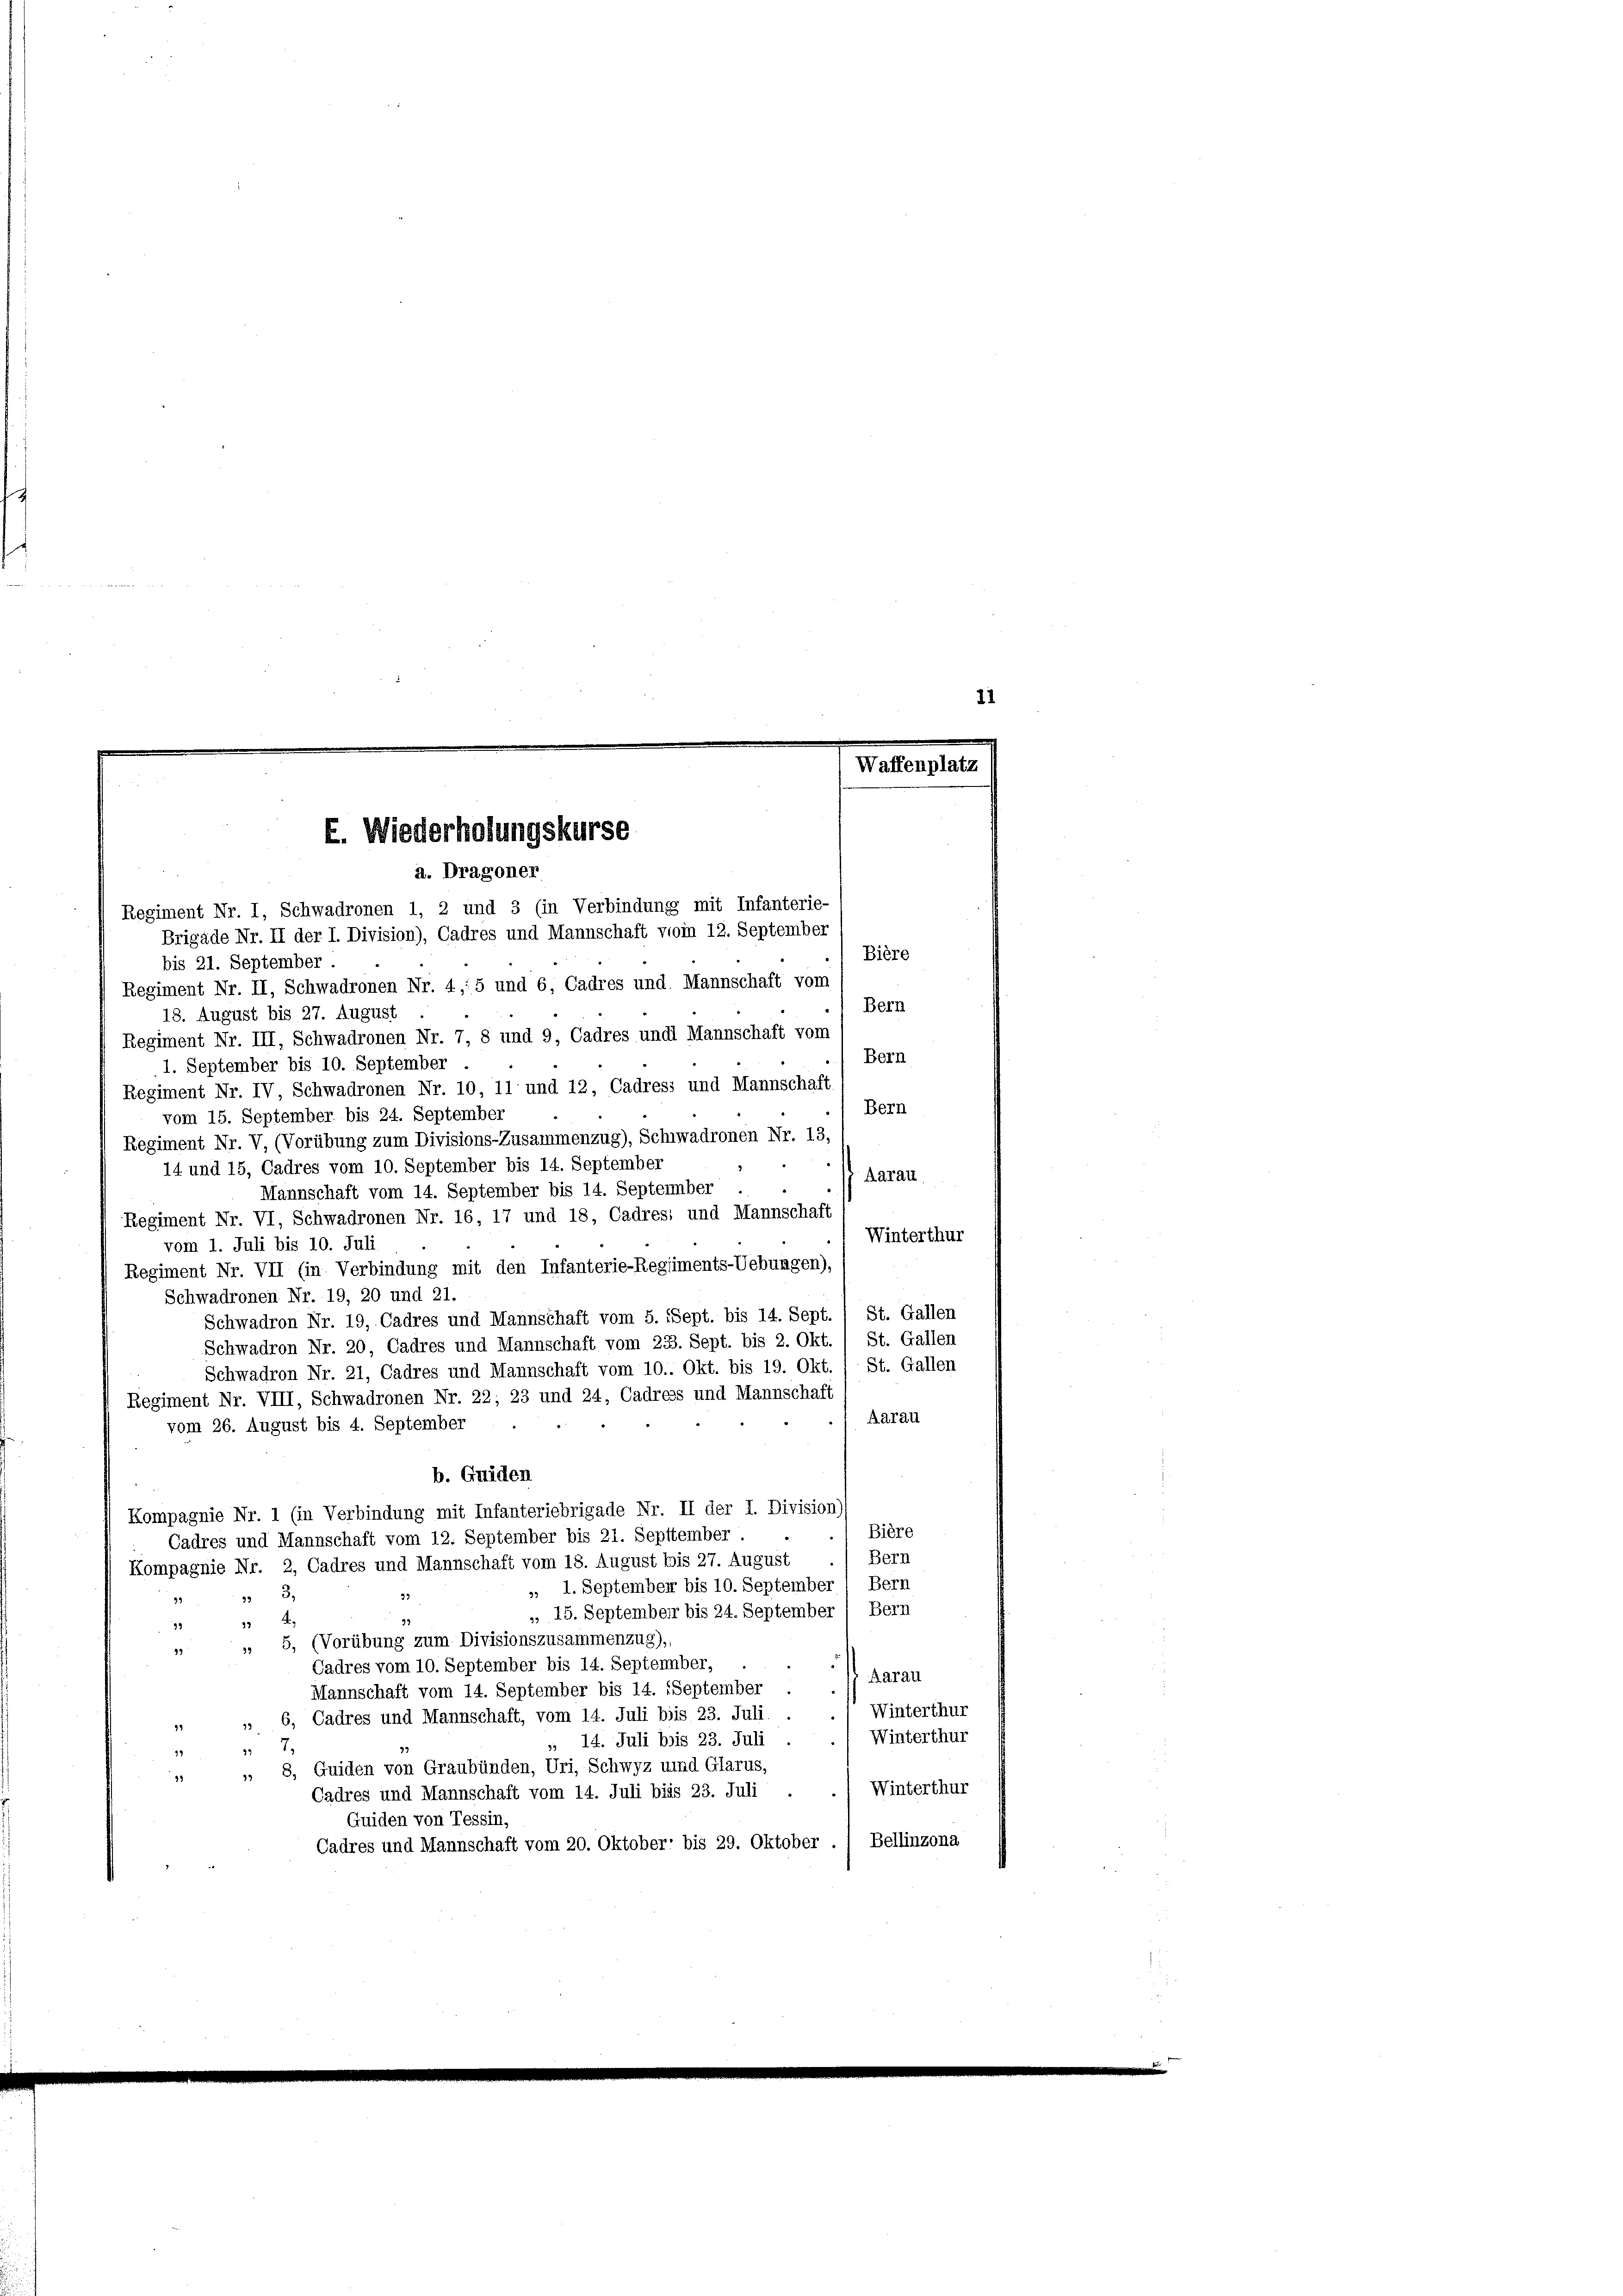
E. Wiederholungskurse
a. Dragoner
Regiment Nr. 1, Schwadronen 1, 2 und 3 (in Verbindung mit Infanterie-

aff

21

Brigade Nr. II der I. Division), Cadres und Mannschaft vom 12. September
Bière
bis 21. September
Regiment Nr. II, Schwadronen Nr. 4, 5 und 6, Cadres und Mannschaft vom
Bern
18. August bis 27. August
Regiment Nr. III, Schwadronen Nr. 7, 8 und 9, Cadres undi Mannschaft vom
Bern
1. September bis 10. September
Regiment Nr. IV, Schwadronen Nr. 10, 11 und 12, Cadress und Mannschaft
Bern
vom 15. September bis 24. September
Regiment Nr. V, (Vorübung zum Divisions-Zusammenzug), Schiwadronen Nr. 13,
14 und 15, Cadres vom 10. September bis 14. September
Aarau
Mannschaft vom 14. September bis 14. September
Regiment Nr. VI, Schwadronen Nr. 16, 17 und 18, Cadresi und Mannschaft
Winterthur
vom 1. Juli bis 10. Juli
Regiment Nr. VII (in Verbindung mit den Infanterie-Regiments-Uebungen).
Schwadronen Nr. 19, 20 und 21.
Schwadron Nr. 19, Cadres und Mannschaft vom 5. Sept. bis 14. Sept. / St. Gallen
Schwadron Nr. 20, Cadres und Mannschaft vom 23. Sept. bis 2. Okt. / St. Gallen
Schwadron Nr. 21, Cadres und Mannschaft vom 10.. Okt. bis 19. Okt. / St. Gallen
Regiment Nr. VIII, Schwadronen Nr. 22; 23 und 24, Cadress und Mannschaft
Aarau
vom 26. August bis 4. September
b. Guiden
Kompagnie Nr. 1 (in Verbindung mit Infanteriebrigade Nr. II der I. Division)
Bière
Cadres und Mannschaft vom 12. September bis 21. Septtember
Bern
Kompagnie Nr. 2, Cadres und Mannschaft vom 18. August bis 27. August
, 1. September bis 10. September Bern
3,
g
93
, 15. September bis 24. September Bern
92
4
33
99
 5, (Vorübung zum Divisionszusammenzug),
99
Cadres vom 10. September bis 14. September,
Aarau
Mannschaft vom 14. September bis 14. September
Winterthur
6, Cadres und Mannschaft, vom 14. Juli bis 23. Juli
33
94
Winterthur
» 14. Juli bis 23. Juli
7.
99
 8, Guiden von Graubünden, Uri, Schwyz und Glarus,
19
Winterthur
Cadres und Mannschaft vom 14. Juli bis 23. Juli
Guiden von Tessin,
Cadres und Mannschaft vom 20. Oktober: bis 29. Oktober . 1 Bellinzona